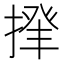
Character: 𢰰